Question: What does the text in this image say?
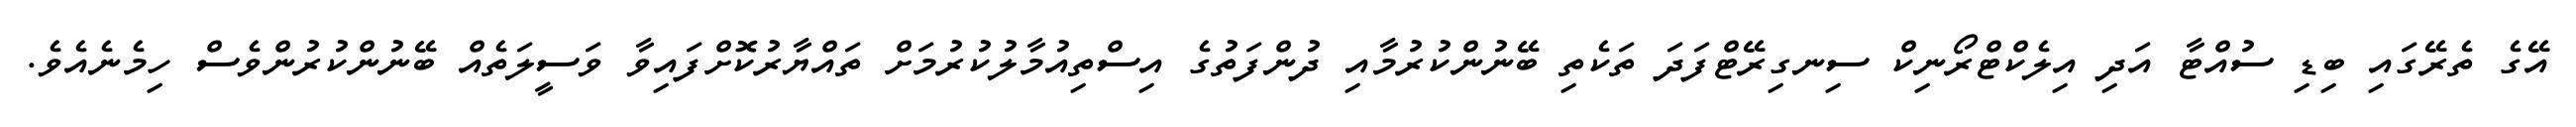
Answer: އޭގެ ތެރޭގައި ބިޑި ސުއްޓާ އަދި އިލެކްޓްރޯނިކް ސިނގިރޭޓްފަދަ ތަކެތި ބޭނުންކުރުމާއި ދުންފަތުގެ އިސްތިއުމާލުކުރުމަށް ތައްޔާރުކޮށްފައިވާ ވަސީލަތެއް ބޭނުންކުރުންވެސް ހިމެނެއެވެ.